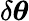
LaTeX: \delta\boldsymbol{\theta}